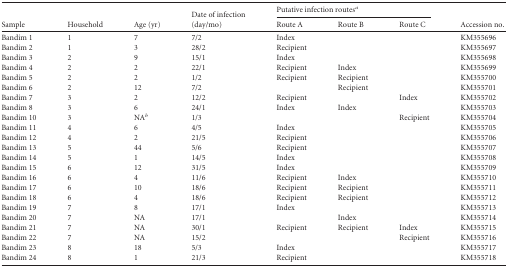
| <ROWSPAN=2> Sample | <ROWSPAN=2> Household | <ROWSPAN=2> Age (yr) | <ROWSPAN=2> Date of infection (day/mo) | <COLSPAN=3> Putative infection routesa | <ROWSPAN=2> Accession no. |
 | Route A | Route B | Route C |
 | --- | --- | --- | --- | --- | --- | --- | --- |
 | Bandim 1 | 1 | 7 | 7/2 | Index |  |  | KM355696 |
 | Bandim 2 | 1 | 3 | 28/2 | Recipient |  |  | KM355697 |
 | Bandim 3 | 2 | 9 | 15/1 | Index |  |  | KM355698 |
 | Bandim 4 | 2 | 2 | 22/1 | Recipient | Index |  | KM355699 |
 | Bandim 5 | 2 | 2 | 1/2 | Recipient | Recipient |  | KM355700 |
 | Bandim 6 | 2 | 12 | 7/2 |  | Recipient |  | KM355701 |
 | Bandim 7 | 3 | 2 | 12/2 | Recipient |  | Index | KM355702 |
 | Bandim 8 | 3 | 6 | 24/1 | Index | Index |  | KM355703 |
 | Bandim 10 | 3 | NAb | 1/3 |  |  | Recipient | KM355704 |
 | Bandim 11 | 4 | 6 | 4/5 | Index |  |  | KM355705 |
 | Bandim 12 | 4 | 2 | 21/5 | Recipient |  |  | KM355706 |
 | Bandim 13 | 5 | 44 | 5/6 | Recipient |  |  | KM355707 |
 | Bandim 14 | 5 | 1 | 14/5 | Index |  |  | KM355708 |
 | Bandim 15 | 6 | 12 | 31/5 | Index |  |  | KM355709 |
 | Bandim 16 | 6 | 4 | 11/6 | Recipient | Index |  | KM355710 |
 | Bandim 17 | 6 | 10 | 18/6 | Recipient | Recipient |  | KM355711 |
 | Bandim 18 | 6 | 4 | 18/6 | Recipient | Recipient |  | KM355712 |
 | Bandim 19 | 7 | 8 | 17/1 | Index |  |  | KM355713 |
 | Bandim 20 | 7 | NA | 17/1 |  | Index |  | KM355714 |
 | Bandim 21 | 7 | NA | 30/1 | Recipient | Recipient | Index | KM355715 |
 | Bandim 22 | 7 | NA | 15/2 |  |  | Recipient | KM355716 |
 | Bandim 23 | 8 | 18 | 5/3 | Index |  |  | KM355717 |
 | Bandim 24 | 8 | 1 | 21/3 | Recipient |  |  | KM355718 |